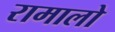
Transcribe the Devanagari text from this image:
रामालो